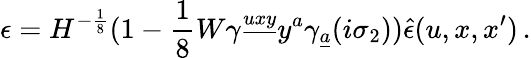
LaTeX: \epsilon=H^{-{\frac{1}{8}}}(1-{\frac{1}{8}}W\gamma^{\underline{{{uxy}}}}y^{a}\gamma_{\underline{{{a}}}}(i\sigma_{2}))\hat{\epsilon}(u,x,x^{\prime})\, .